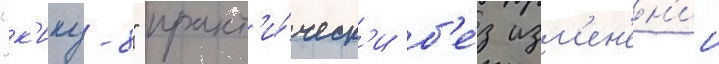
"к'ику-8" практ'и́ческ'и б'е́з изм'ен'ен'ии